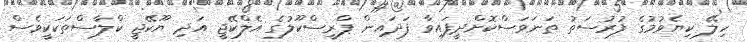
ހިލޭ ކިޔެވުމުގެ ފުރުސަތު ތަނަވަސްކޮށްދީފައިވާ ފަދައިން ޕްރީސްކޫލުގެ އެލްކޭޖީ އަދި ޔޫކޭޖީ ކްލާސްތަކަކީވެސް